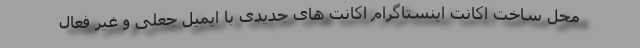
محل ساخت اکانت اینستاگرام اکانت های جدیدی با ایمیل جعلی و غیر فعال